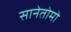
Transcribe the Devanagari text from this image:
सानेतोमो